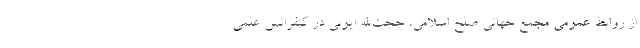
از روابط عمومی مجمع جهانی صلح اسلامی، حجت‌الله ایوبی در کنفرانس علمی